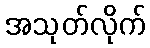
အသုတ်လိုက်